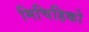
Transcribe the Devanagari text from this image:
मिचिहिको